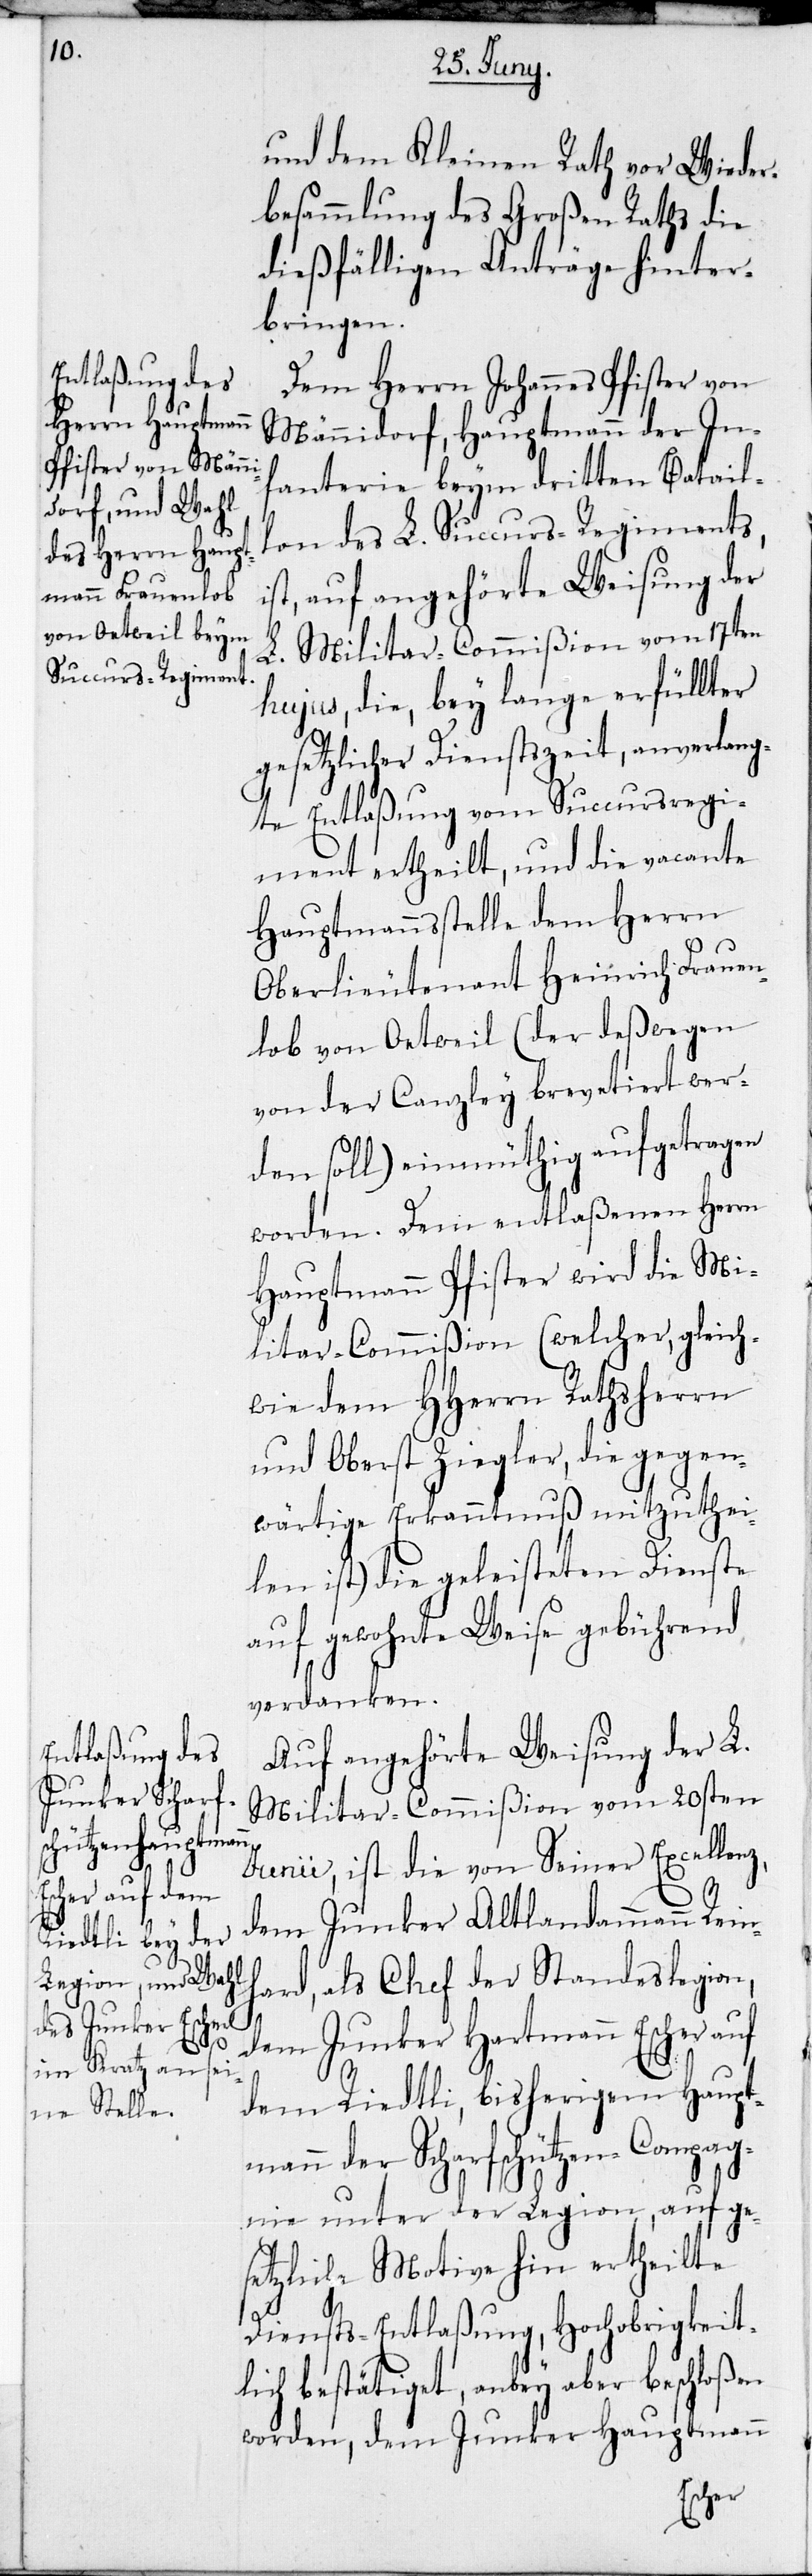
und dem Kleinen Rath vor Wieder¬
besammlung des Großen Raths die
dießfälligen Anträge hinter¬
bringen.
Dem Herrn Johannes Pfister von
Männedorf, Hauptmann der In¬
fanterie beym dritten Batail¬
lon des L. Succurs-Regiments,
ist, auf angehörte Weisung der
L. Militar-Commißion vom 17ten
hujus, die, bey lange erfüllter
gesetzlicher Dienstszeit, anverlang¬
te Entlaßung vom Succursregi¬
ment ertheilt, und die vacante
Hauptmannsstelle dem Herrn
Oberlieutenant Heinrich Frauen¬
lob von Oetweil (der deßwegen
von der Canzley brevetiert wer¬
den soll) einmüthig aufgetragen
worden. Dem entlaßenen Herrn
Hauptmann Pfister wird die Mi¬
litar-Commißion (welcher, gleich¬
wie dem HHerrn Rathsherrn
und Oberst Ziegler, die gegen¬
wärtige Erkanntnuß mitzuthei¬
len ist) die geleisteten Dienste
auf gewohnte Weise gebührend
verdanken.
Auf angehörte Weisung der L.
Militar-Commißion vom 20sten
Junii, ist die von Seiner Excellenz,
dem Junker Altlandammann Rein¬
hard, als Chef der Standeslegion,
dem Junker Hartmann Escher auf
dem Riedtli, bisherigem Haupt¬
mann der Scharfschützen Compag¬
nie unter der Legion, auf ge¬
setzliche Motive hin ertheilte
Diensts-Entlaßung, Hochobrigkeit¬
lich bestätiget, anbey aber beschloßen
worden, dem Junker Hauptmann